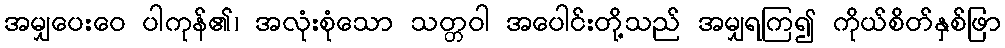
အမျှပေးဝေ ပါကုန်၏၊ အလုံးစုံသော သတ္တဝါ အပေါင်းတို့သည် အမျှရကြ၍ ကိုယ်စိတ်နှစ်ဖြာ